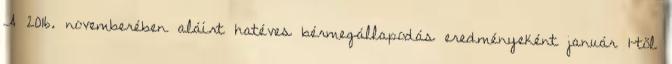
A 2016. novemberében aláírt hatéves bérmegállapodás eredményeként január 1-től